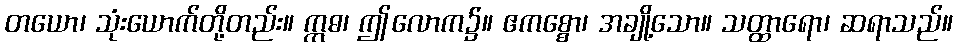
တယော၊ သုံးယောက်တို့တည်း။ ဣဓ၊ ဤလောက၌။ ဧကစ္စော၊ အချို့သော။ သတ္ထာရော၊ ဆရာသည်။